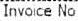
INVOICE NO